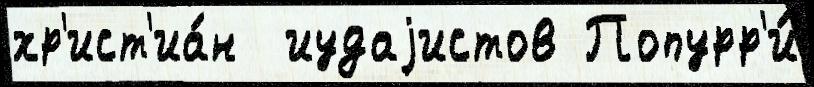
хр'ист'иа́н  иудаjистов Попурр'и́